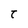
Character: t